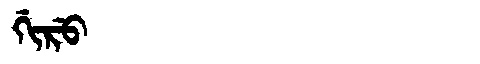
Manchu: ᡤᡳᡵᡠ
Romanization: GIRU